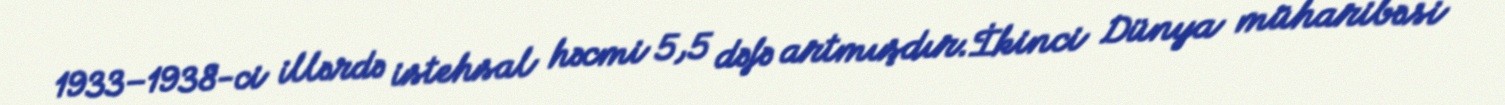
1933–1938-ci illərdə istehsal həcmi 5,5 dəfə artmışdır.İkinci Dünya müharibəsi